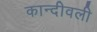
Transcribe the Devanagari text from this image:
कान्दीवली